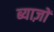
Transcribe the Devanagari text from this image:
ब्याज़ों